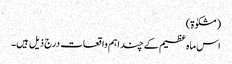
(مشکوٰۃ)
اس ماہ عظیم کے چند اہم واقعات درج ذیل ہیں۔